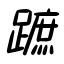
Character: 蹠